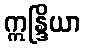
ဣန္ဒြိယာ